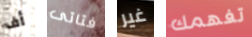
أف فتاتى غير تفهمك